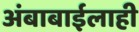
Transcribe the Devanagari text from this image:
अंबाबाईलाही